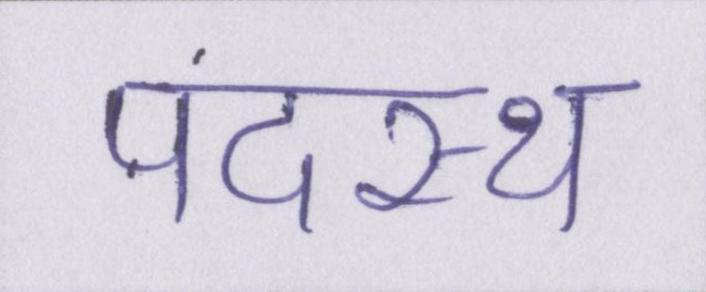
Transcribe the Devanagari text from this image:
पदस्थ